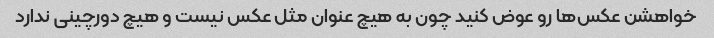
خواهشن عکس‌ها رو عوض کنید چون به هیچ عنوان مثل عکس نیست و هیچ دورچینی ندارد